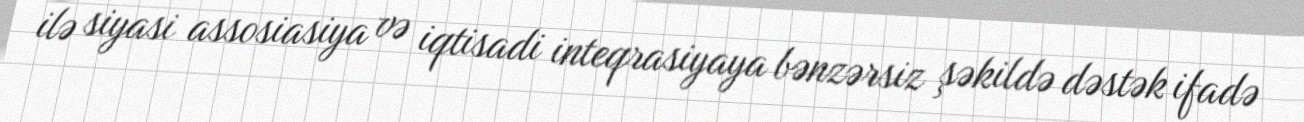
ilə siyasi assosiasiya və iqtisadi inteqrasiyaya bənzərsiz şəkildə dəstək ifadə